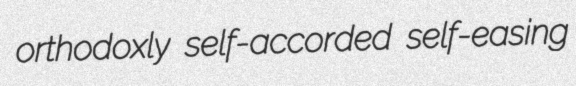
orthodoxly self-accorded self-easing